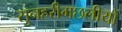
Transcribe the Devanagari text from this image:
सुनहरीमछलीयों